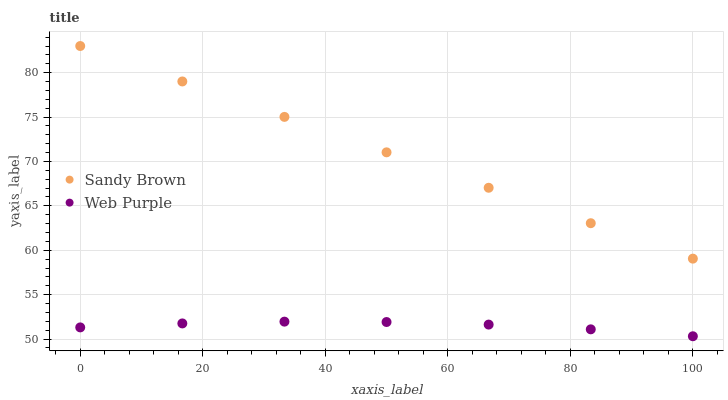
| xaxis_label | Sandy Brown | Web Purple |
 | --- | --- | --- |
 | 0 | 83 | 51.3 |
 | 16.7 | 79 | 51.8 |
 | 33.3 | 75 | 52 |
 | 50 | 71 | 51.9 |
 | 66.7 | 67 | 51.6 |
 | 83.3 | 63 | 51.1 |
 | 100 | 59.1 | 50.3 |